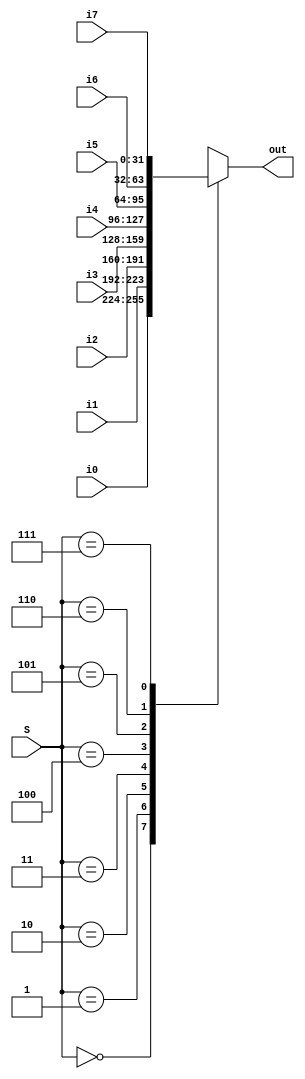
module MUX_LAB4(i0, i1, i2, i3, i4, i5, i6, i7, out, S);

input [31:0] i0;
input [31:0] i1;
input [31:0] i2;
input [31:0] i3;
input [31:0] i4;
input [31:0] i5;
input [31:0] i6;
input [31:0] i7;
input [2:0] S;
output reg [31:0] out;


always @(*) begin

case(S) 

3'd0: out = i0;
3'd1: out = i1;
3'd2: out = i2;
3'd3: out = i3;
3'd4: out = i4;
3'd5: out = i5;
3'd6: out = i6;
3'd7: out = i7;

endcase
end

endmodule